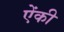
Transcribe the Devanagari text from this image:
ऐंकी